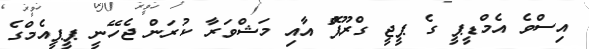
އިސްވެ އެމްޑީޕީ ގެ ޕީޖީ ގްރޫޕޮް އާއި މަޝްވަރާ ކުރަން ޖެހޭނީ ޕީޕީއެމްގެ